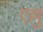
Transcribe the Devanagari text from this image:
एल्लु